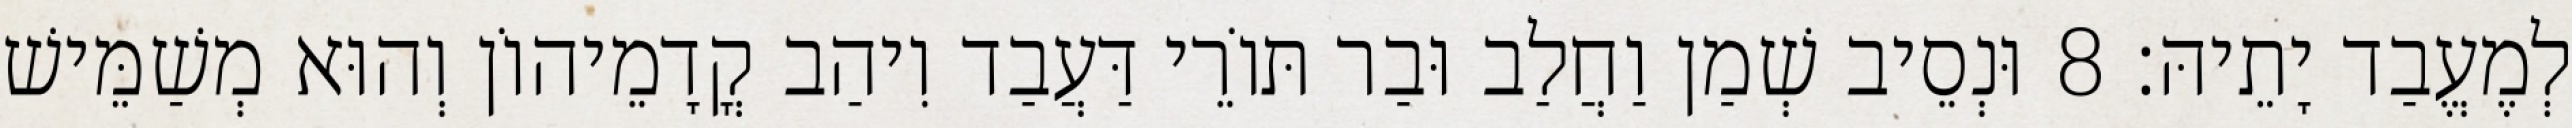
לְמֶעֱבַד יָתֵיהּ׃ 8 וּנְסֵיב שְׁמַן וַחֲלַב וּבַר תּוֹרֵי דַּעֲבַד וִיהַב קֳדָמֵיהוֹן וְהוּא מְשַׁמֵּישׁ